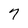
Character: 7